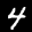
Digit: 4